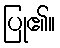
ပြု၏။